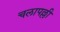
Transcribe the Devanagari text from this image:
चलापल्ली